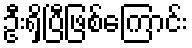
ဦးရှိပြီဖြစ်ကြောင်း